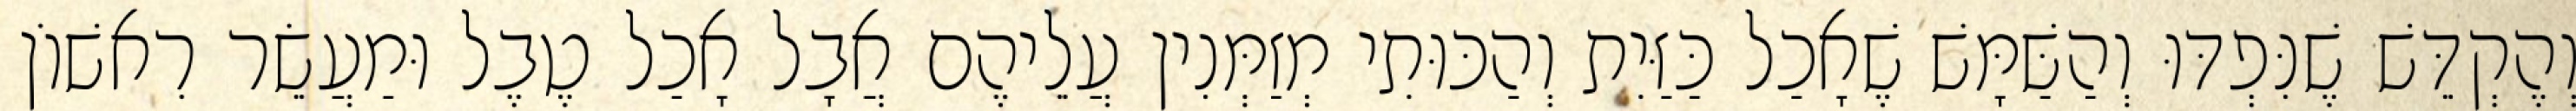
וְהֶקְדֵּשׁ שֶׁנִּפְדּוּ וְהַשַּׁמָּשׁ שֶׁאָכַל כַּזַּיִת וְהַכּוּתִי מְזַמְּנִין עֲלֵיהֶם אֲבָל אָכַל טֶבֶל וּמַעֲשֵׂר רִאשׁוֹן